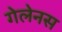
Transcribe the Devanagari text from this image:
गेलेनस